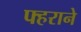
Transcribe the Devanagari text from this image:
फ्हराने